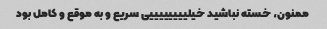
ممنون، خسته نباشید خیلییییییییی سریع و به موقع و کامل بود